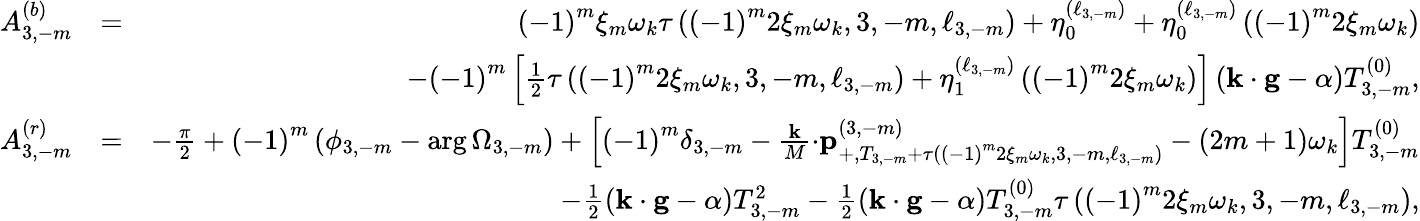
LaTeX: \begin{array}{rlr}{A_{3,-m}^{\left(b\right)}}&{=}&{\left(-1\right)^{m}\xi_{m}\omega_{k}\tau\left(\left(-1\right)^{m}2\xi_{m}\omega_{k},3,-m,\ell_{3,-m}\right)+\eta_{0}^{\left(\ell_{3,-m}\right)}+\eta_{0}^{\left(\ell_{3,-m}\right)}\left(\left(-1\right)^{m}2\xi_{m}\omega_{k}\right)}\\ &{}&{-\left(-1\right)^{m}\left[\frac{1}{2}\tau\left(\left(-1\right)^{m}2\xi_{m}\omega_{k},3,-m,\ell_{3,-m}\right)+\eta_{1}^{\left(\ell_{3,-m}\right)}\left(\left(-1\right)^{m}2\xi_{m}\omega_{k}\right)\right]\left(\mathbf{k\cdot g}-\alpha\right)T_{3,-m}^{\left(0\right)},}\\ {A_{3,-m}^{\left(r\right)}}&{=}&{-\frac{\pi}{2}+\left(-1\right)^{m}\left(\phi_{3,-m}-\arg\Omega_{3,-m}\right)+\left[\left(-1\right)^{m}\delta_{3,-m}-\frac{\mathbf{k}}{M}\mathbf{\cdot p}_{+,T_{3,-m}+\tau\left(\left(-1\right)^{m}2\xi_{m}\omega_{k},3,-m,\ell_{3,-m}\right)}^{\left(3,-m\right)}-\left(2m+1\right)\omega_{k}\right]T_{3,-m}^{\left(0\right)}}\\ &{}&{-\frac{1}{2}\left(\mathbf{k\cdot g}-\alpha\right)T_{3,-m}^{2}-\frac{1}{2}\left(\mathbf{k\cdot g}-\alpha\right)T_{3,-m}^{\left(0\right)}\tau\left(\left(-1\right)^{m}2\xi_{m}\omega_{k},3,-m,\ell_{3,-m}\right),}\end{array}